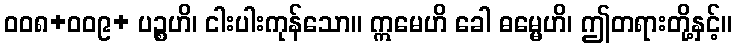
ဝဝ၈+ဝဝ၉+ ပဉ္စဟိ၊ ငါးပါးကုန်သော။ ဣမေဟိ ခေါ ဓမ္မေဟိ၊ ဤတရားတို့နှင့်။